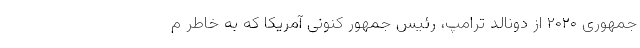
جمهوری ۲۰۲۰ از دونالد ترامپ، رئیس جمهور کنونی آمریکا که به خاطر م